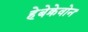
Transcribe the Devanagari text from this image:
हेबेक्रेवोन